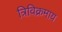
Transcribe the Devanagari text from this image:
त्रिविक्रमाय